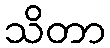
သိတာ